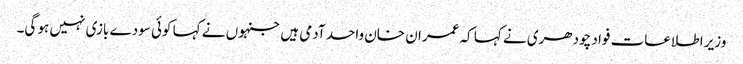
وزیر اطلاعات فواد چودھری نے کہا کہ عمران خان واحد آدمی ہیں جنہوں نے کہا کوئی سودے بازی نہیں ہو گی۔